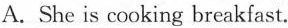
A.She is cooking breakfast.